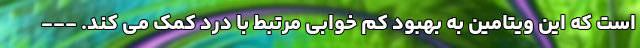
است که این ویتامین به بهبود کم خوابی مرتبط با درد کمک می کند. ---